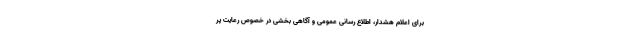
برای اعلام هشدار، اطلاع رسانی عمومی و آگاهی بخشی در خصوص رعایت پر